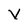
Character: V